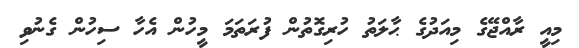
މިއީ ރާއްޖޭގެ މިއަދުގެ ޙާލަތު ހުރިގޮތުން ފުރަތަމަ މީހުން އެހާ ސިހުން ގެނުވި